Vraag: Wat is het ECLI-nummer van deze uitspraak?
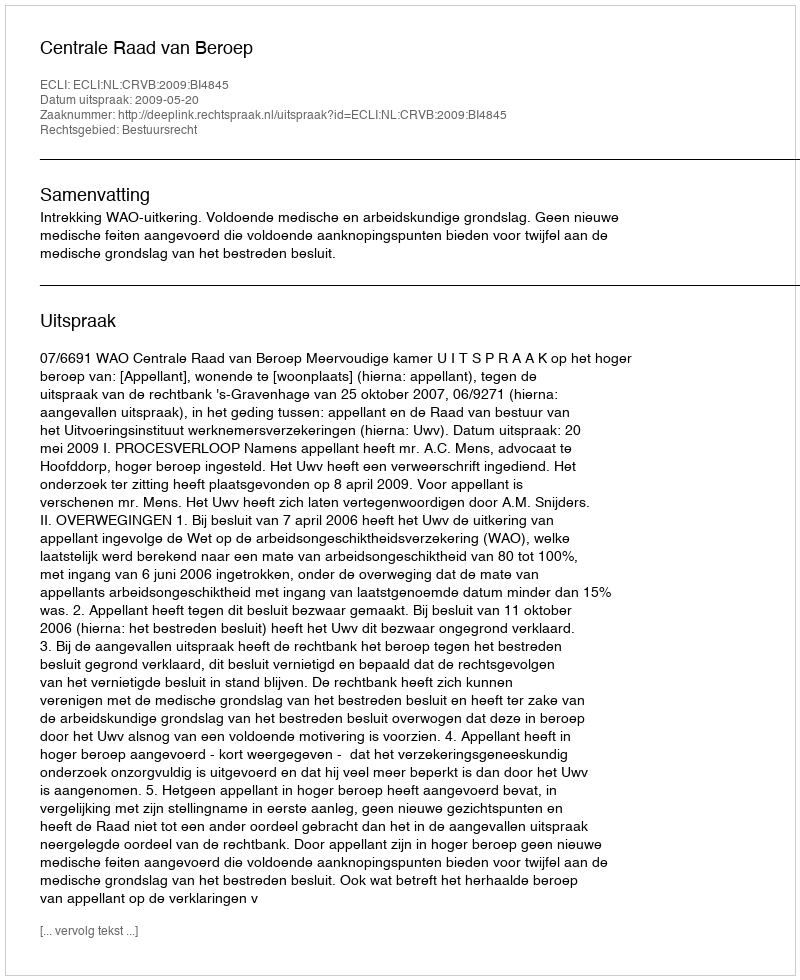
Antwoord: ECLI:NL:CRVB:2009:BI4845